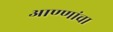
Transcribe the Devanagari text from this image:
आण्णांचा